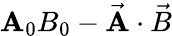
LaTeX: \mathbf{A}_{0}B_{0}-{\vec{{\mathbf{A}}}}\cdot{\vec{{B}}}